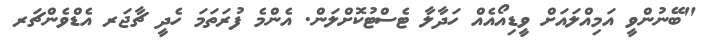
"ބޭނުންވީ އަމިއްލައަށް ވީޑިއޯއެއް ހަދާލާ ޓެސްޓުކޮށްލަން. އެންމެ ފުރަތަމަ ހެދީ ޗާޖަރ އެޑްވެންޗަރ